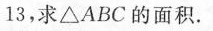
1 3$$，求\bigtriangleup ABC的面积。